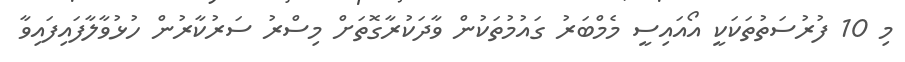
މި 10 ފުރުސަތުތަކަކީ އޯއައިސީ މެމްބަރު ގައުމުތަކުން ވާދަކުރާގޮތަށް މިސްރު ސަރުކާރުން ހުޅުވާލާފައިފައިވާ